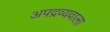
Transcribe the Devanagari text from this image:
अपद्रव्यवाला